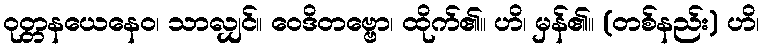
ဝုတ္တနယေနေဝ၊ သာလျှင်။ ဝေဒိတဗ္ဗော၊ ထိုက်၏။ ဟိ၊ မှန်၏။ (တစ်နည်း) ဟိ၊